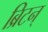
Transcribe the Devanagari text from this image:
ब्रिटन्